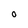
Character: o